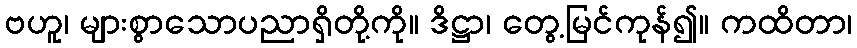
ဗဟူ၊ များစွာသောပညာရှိတို့ကို။ ဒိဋ္ဌာ၊ တွေ့မြင်ကုန်၍။ ကထိတာ၊